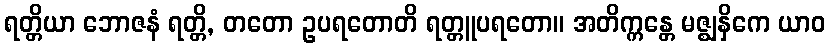
ရတ္တိယာ ဘောဇနံ ရတ္တိ, တတော ဥပရတောတိ ရတ္တူပရတော။ အတိက္ကန္တေ မဇ္ဈနှိကေ ယာဝ